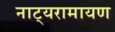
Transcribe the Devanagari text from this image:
नाट्यरामायण